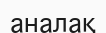
аналақ